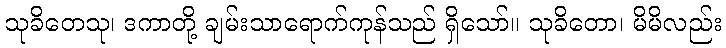
သုခိတေသု၊ ဒကာတို့ ချမ်းသာရောက်ကုန်သည် ရှိသော်။ သုခိတော၊ မိမိလည်း